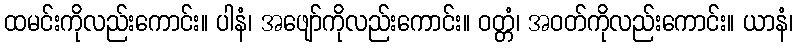
ထမင်းကိုလည်းကောင်း။ ပါနံ၊ အဖျော်ကိုလည်းကောင်း။ ဝတ္တံ၊ အဝတ်ကိုလည်းကောင်း။ ယာနံ၊